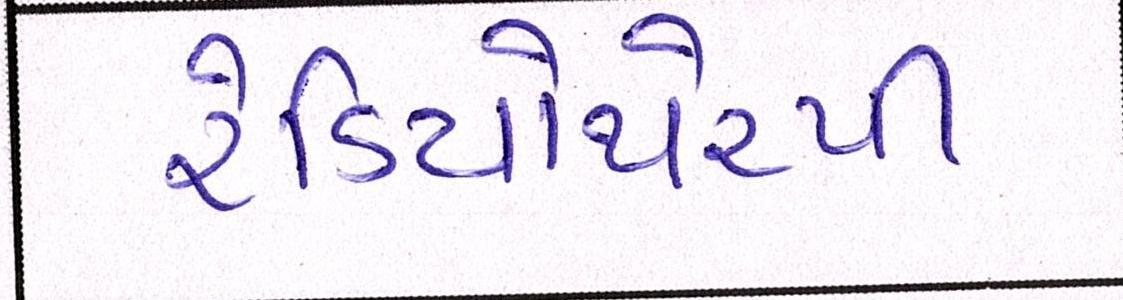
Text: રેડિયોથેરપી